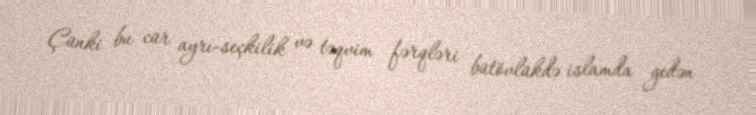
Çünki bu cür ayrı-seçkilik və təqvim fərqləri bütövlükdə islamda gedən